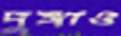
দুঙ্গাও